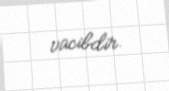
vacibdir.